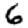
Digit: 6